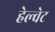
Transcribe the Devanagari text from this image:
हेल्वेट